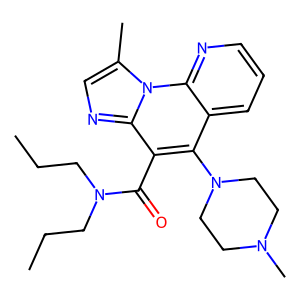
SMILES: CCCN(CCC)C(=O)c1c(N2CCN(C)CC2)c2cccnc2n2c(C)cnc12
Inhibits HIV replication: No